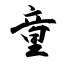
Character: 童